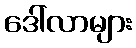
ဒေါ်လာများ